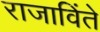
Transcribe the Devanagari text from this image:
राजाविंते